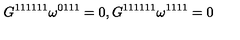
G ^ { 1 1 1 1 1 1 } \omega ^ { 0 1 1 1 } = 0 , G ^ { 1 1 1 1 1 1 } \omega ^ { 1 1 1 1 } = 0 \label C